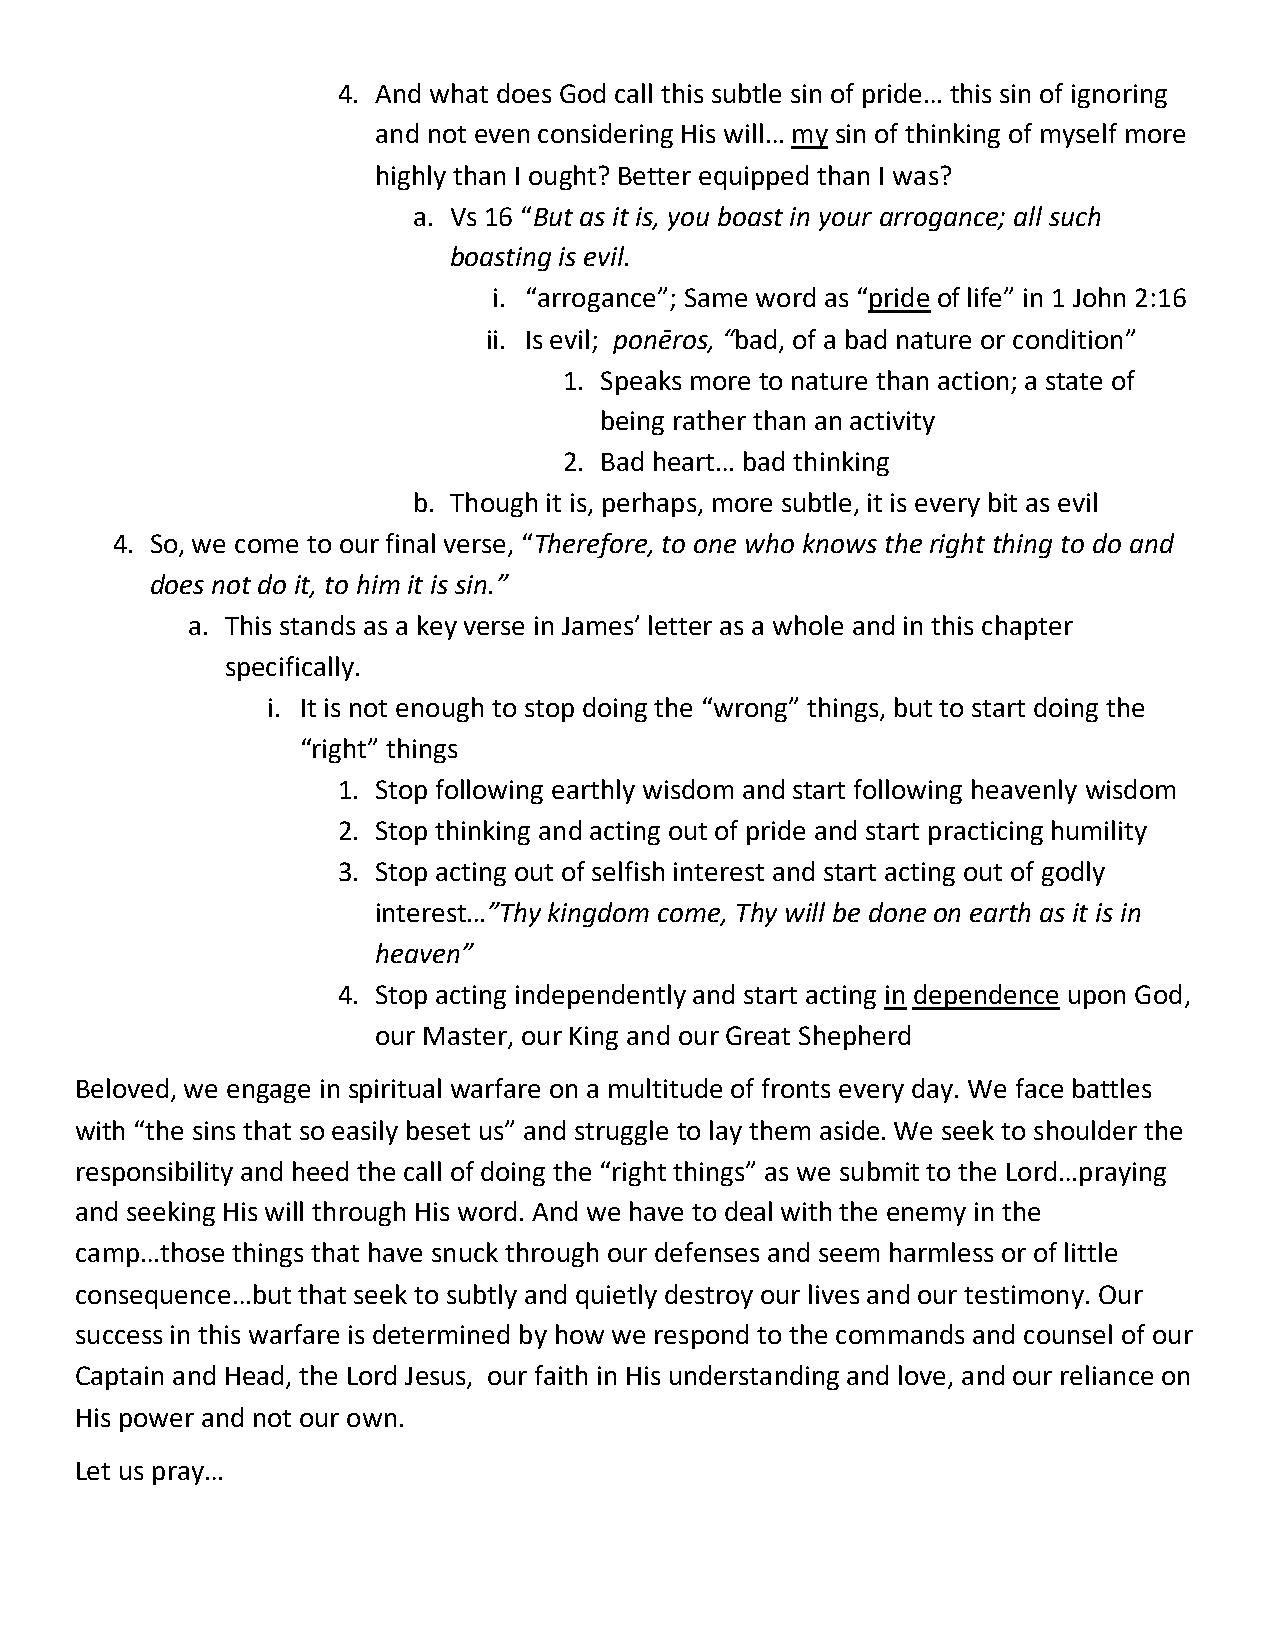
4. And what does God call this subtle sin of pride… this sin of ignoring
 and not even considering His will… my sin of thinking of myself more
 highly than I ought? Better equipped than I was?
 a. Vs 16 “But as it is, you boast in your arrogance; all such
 boasting is evil.
 i. “arrogance”; Same word as “pride of life” in 1 John 2:16
 ii. Is evil; ponēros, “bad, of a bad nature or condition”
 1. Speaks more to nature than action; a state of
 being rather than an activity
 2. Bad heart… bad thinking
 b. Though it is, perhaps, more subtle, it is every bit as evil
 4. So, we come to our final verse, “Therefore, to one who knows the right thing to do and
 does not do it, to him it is sin.”
 a. This stands as a key verse in James’ letter as a whole and in this chapter
 specifically.
 i. It is not enough to stop doing the “wrong” things, but to start doing the
 “right” things
 1. Stop following earthly wisdom and start following heavenly wisdom
 2. Stop thinking and acting out of pride and start practicing humility
 3. Stop acting out of selfish interest and start acting out of godly
 interest…”Thy kingdom come, Thy will be done on earth as it is in
 heaven”
 4. Stop acting independently and start acting in dependence upon God,
 our Master, our King and our Great Shepherd
 Beloved, we engage in spiritual warfare on a multitude of fronts every day. We face battles
 with “the sins that so easily beset us” and struggle to lay them aside. We seek to shoulder the
 responsibility and heed the call of doing the “right things” as we submit to the Lord…praying
 and seeking His will through His word. And we have to deal with the enemy in the
 camp…those things that have snuck through our defenses and seem harmless or of little
 consequence…but that seek to subtly and quietly destroy our lives and our testimony. Our
 success in this warfare is determined by how we respond to the commands and counsel of our
 Captain and Head, the Lord Jesus, our faith in His understanding and love, and our reliance on
 His power and not our own.
 Let us pray…